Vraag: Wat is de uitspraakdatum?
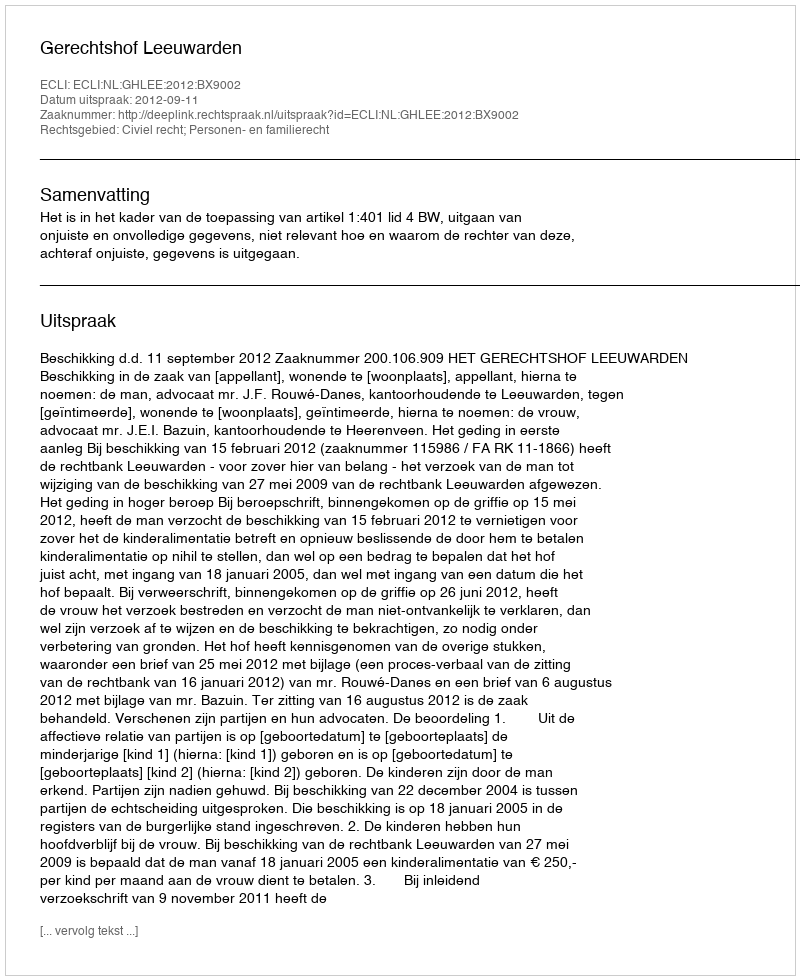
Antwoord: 2012-09-11